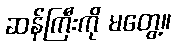
ဆန်ကြီးကို မတွေ့။